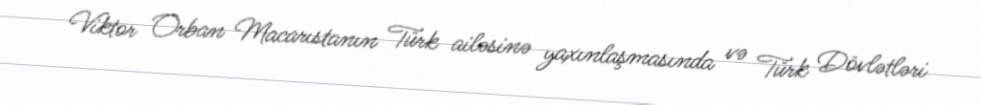
Viktor Orban Macarıstanın Türk ailəsinə yaxınlaşmasında və Türk Dövlətləri